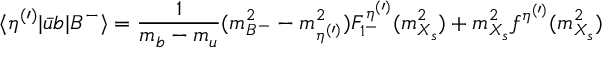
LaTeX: \langle \eta ^ { ( \prime ) } | \bar { u } b | B ^ { - } \rangle = { \frac { 1 } { m _ { b } - m _ { u } } } ( m _ { B ^ { - } } ^ { 2 } - m _ { \eta ^ { ( \prime ) } } ^ { 2 } ) F _ { 1 ^ { - } } ^ { \eta ^ { ( \prime ) } } ( m _ { X _ { s } } ^ { 2 } ) + m _ { X _ { s } } ^ { 2 } f ^ { \eta ^ { ( \prime ) } } ( m _ { X _ { s } } ^ { 2 } )